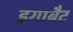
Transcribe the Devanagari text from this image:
इगाबैट